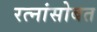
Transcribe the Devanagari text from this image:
रत्नांसोबत